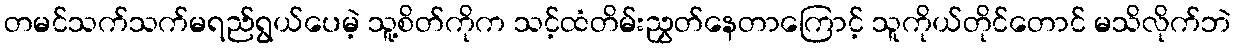
တမင်သက်သက်မရည်ရွယ်ပေမဲ့ သူ့စိတ်ကိုက သင့်ထံတိမ်းညွှတ်နေတာကြောင့် သူကိုယ်တိုင်တောင် မသိလိုက်ဘဲ